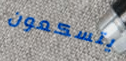
يتسكعون